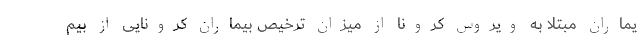
یماران مبتلا به ویروس کرونا از میزان ترخیص بیماران کرونایی از بیم